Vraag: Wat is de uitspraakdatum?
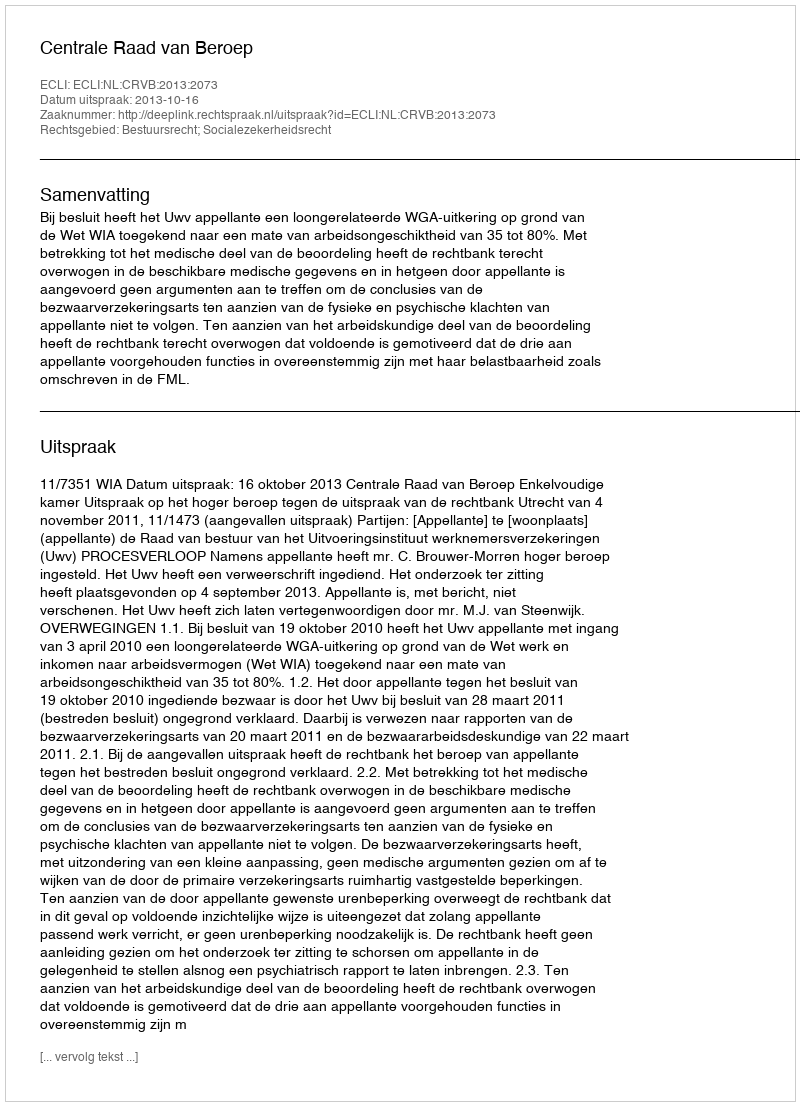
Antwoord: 2013-10-16